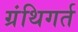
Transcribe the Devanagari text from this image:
ग्रंथिगर्त